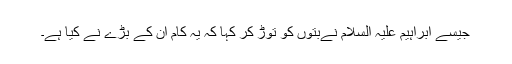
جیسے ابراہیم علیہ السلام نےبتوں کو توڑ کر کہا کہ یہ کام ان کے بڑے نے کیا ہے۔